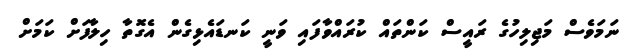
ނަމަވެސް މަޖިލިހުގެ ރައީސް ކަންތައް ކުރައްވާފައި ވަނީ ކަނޑައެޅިގެން އެގޮތާ ހިލާފަށް ކަމަށް